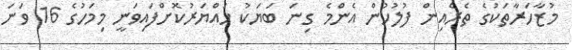
މުޒާހަރާތަކުގެ ތެރެއިން ފުލުހުން އެންމެ ގިނަ ބަޔަކު ހައްޔަރުކޮށްފައިވަނީ މިމަހުގެ 16 ވަނަ